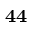
\bf { 4 4 }